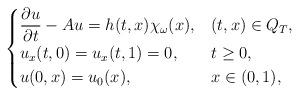
LaTeX: \begin{align*}\begin{cases}\displaystyle{\frac{\partial u}{\partial t}} - Au =h(t,x)\chi_\omega(x), & (t,x) \in Q_T,\\u_x(t,0)=u_x(t,1)=0, & t \ge 0, \\u(0,x)=u_0(x), & x \in (0,1),\end{cases}\end{align*}